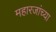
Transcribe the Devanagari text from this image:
महारजांच्या